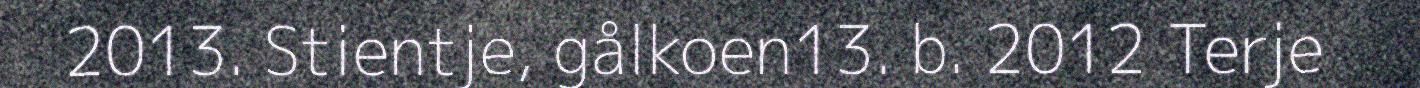
2013. Stientje, gålkoen13. b. 2012 Terje